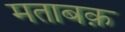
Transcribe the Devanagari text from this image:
मताबक़